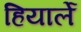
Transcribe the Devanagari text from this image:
हियार्ले